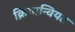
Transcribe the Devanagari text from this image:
क्रियान्वियत